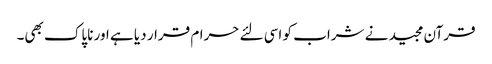
قرآن مجید نے شراب کو اسی لئے حرام قرار دیا ہے اور ناپاک بھی۔